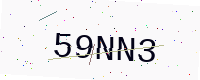
Text: 59NN3